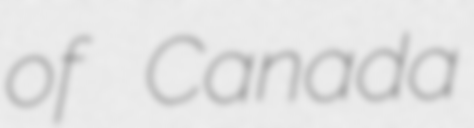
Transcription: of Canada